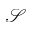
\mathcal { S }